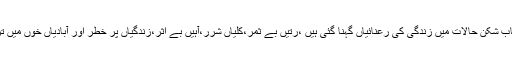
ان لرزہ خیز اعصاب شکن حالات میں زندگی کی رعنائیاں گہنا گئی ہیں ،رتیں بے ثمر،کلیاں شرر،آہیں بے اثر،زندگیاں پر خطر اور آبادیاں خوں میں تر کر دی گئی ہیں۔